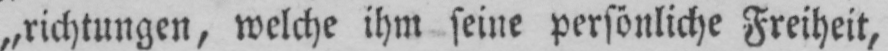
„richtungen, welche ihm seine persönliche Freiheit,